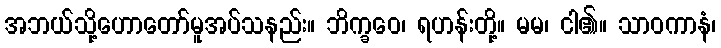
အဘယ်သို့ဟောတော်မူအပ်သနည်း။ ဘိက္ခဝေ၊ ရဟန်းတို့။ မမ၊ ငါ၏။ သာဝကာနံ၊